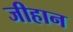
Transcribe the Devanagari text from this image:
जीहान